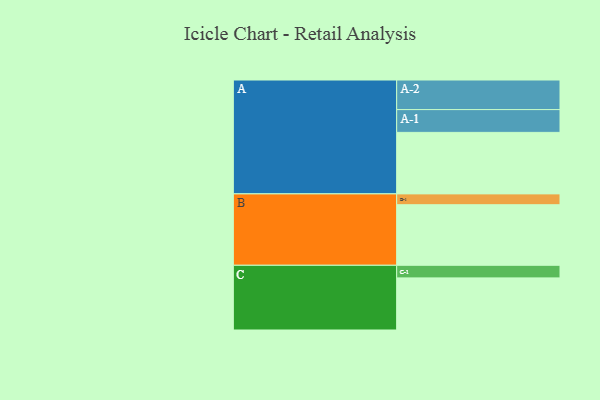
{"axis": {"x": "Segment", "y": "Value"}, "legend": ["", "A", "B", "C"], "data": [{"x": "A", "y": 459, "type": ""}, {"x": "B", "y": 452, "type": ""}, {"x": "C", "y": 389, "type": ""}, {"x": "A-1", "y": 170, "type": "A"}, {"x": "A-2", "y": 221, "type": "A"}, {"x": "B-1", "y": 81, "type": "B"}, {"x": "C-1", "y": 94, "type": "C"}]}